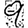
Digit: 9